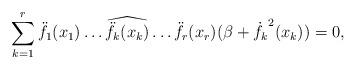
LaTeX: \begin{align*} \sum_{k=1}^r\ddot{f_1}(x_1)\ldots \widehat{\ddot{f_k}(x_k)} \ldots\ddot{f_r}(x_r)(\beta+\dot{f_k}^{2}(x_k))=0,\end{align*}